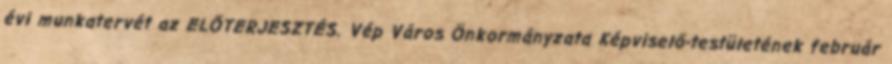
évi munkatervét az ELŐTERJESZTÉS. Vép Város Önkormányzata Képviselő-testületének február